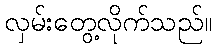
လှမ်းတွေ့လိုက်သည်။